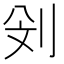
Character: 𠛶